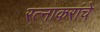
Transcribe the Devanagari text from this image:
रत्नाकरांचे